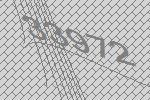
33972